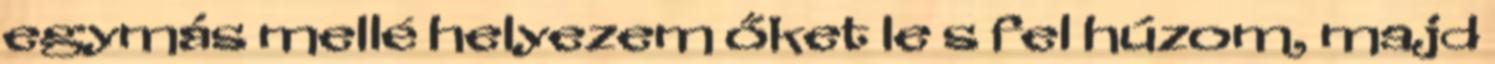
egymás mellé helyezem őket le s fel húzom, majd